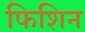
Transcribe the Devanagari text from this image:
फिशिन